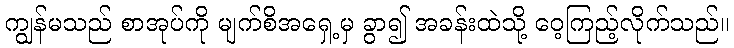
ကျွန်မသည် စာအုပ်ကို မျက်စိအရှေ့မှ ခွာ၍ အခန်းထဲသို့ ဝေ့ကြည့်လိုက်သည်။